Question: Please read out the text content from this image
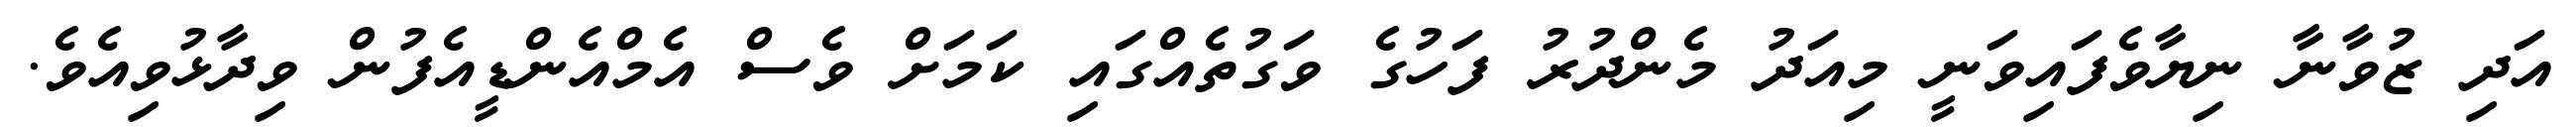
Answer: އަދި ޒުވާނާ ނިޔާވެފައިވަނީ މިއަދު މެންދުރު ފަހުގެ ވަގުތެއްގައި ކަމަށް ވެސް އެމްއެންޑީއެފުން ވިދާޅުވިއެވެ.